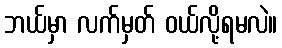
ဘယ်မှာ လက်မှတ် ဝယ်လို့ရမလဲ။